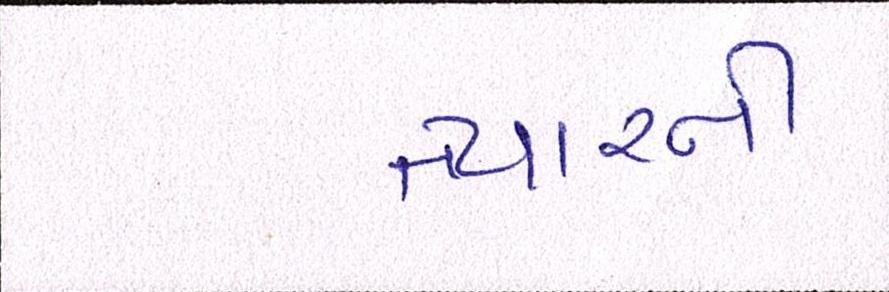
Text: ત્યારની